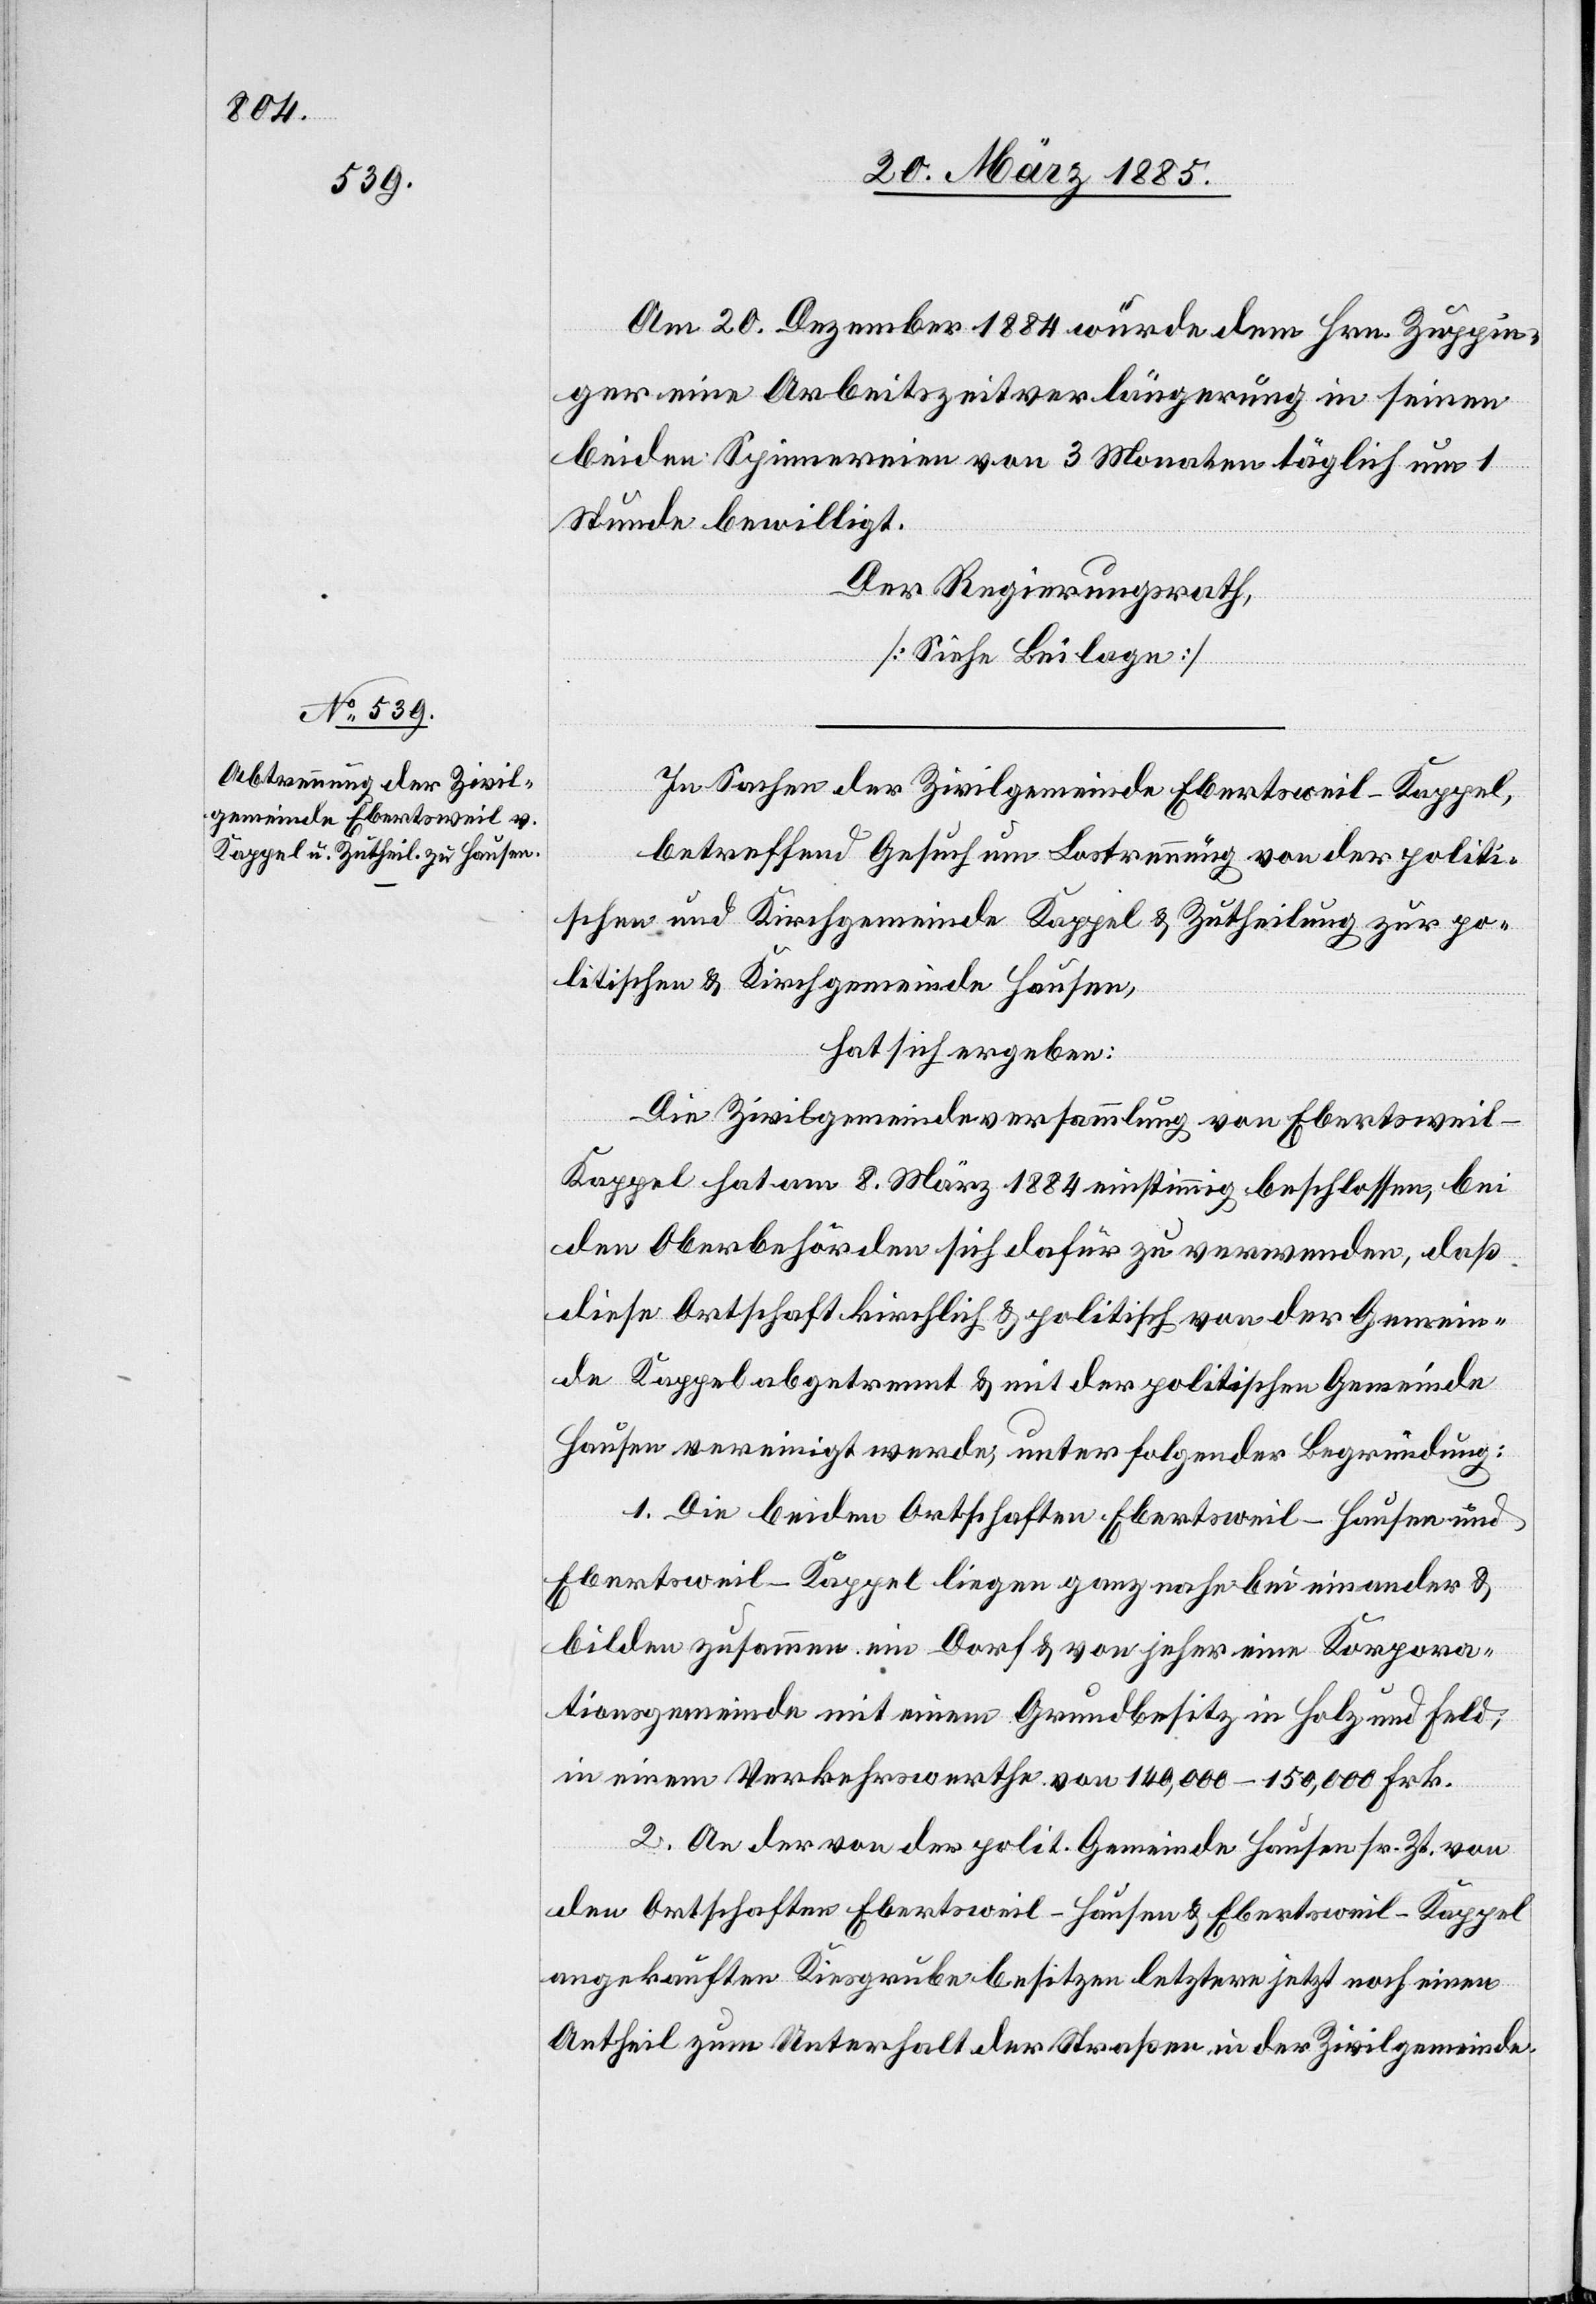
In Sachen der Zivilgemeinde Ebertsweil-Kappel,
betreffend Gesuch um Lostrennung von der politi¬
schen und Kirchgemeinde Kappel & Zutheilung zur po¬
litischen & Kirchgemeinde Hausen,
hat sich ergeben:
Die Zivilgemeindeversammlung von Ebertswei¬
l-Kappel hat am 8. März 1884 einstimmig beschlossen, bei
den Oberbehörden sich dafür zu verwenden, daß
diese Ortschaft kirchlich & politisch von der Gemein¬
de Kappel abgetrennt & mit der politischen Gemeinde
Hausen vereinigt werde, unter folgender Begründung:
1. Die beiden Ortschaften Ebertsweil-Hausen und
Ebertsweil-Kappel liegen ganz nahe bei einander &
bilden zusammen ein Dorf & von jeher eine Korpora¬
tionsgemeinde mit einem Grundbesitz in Holz und Feld,
in einem Verkehrswerthe von 140,000–150,000 Frk.
2. An der von der polit. Gemeinde Hausen sr. Zt. von
den Ortschaften Ebertsweil-Hausen & Ebertsweil-Kappel
angekauften Kiesgrube besitzen letztere jetzt noch einen
Antheil zum Unterhalt der Straßen in der Zivilgemeinde.